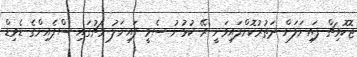
ޖޮކޮވިޗް ފައިނަލަށް ދަތުރުކޮށްފައިވަނީ ރޭ ކުޅުނު ސެމީ ފައިނަލު މެޗުގައި ސްޕެއިންގެ ޑެވިޑް